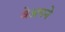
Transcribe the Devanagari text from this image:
वेअपने